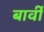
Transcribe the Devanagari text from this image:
बार्वी